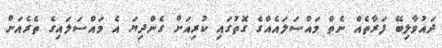
ދައުވާލިބޭ ފަރާތެއް ނެތް މައްސަލައެއްގެ ގޮތުގައި ކުރިއަށް ގެންދިޔަ އެ މައްސަލައިގެ ތެރެއަށް